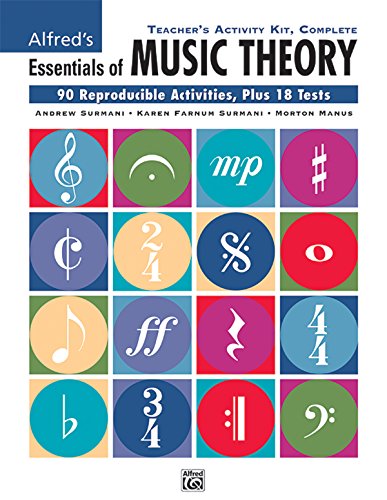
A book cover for Alfred's Essentials Of Music Theory (Teacher's Activity Kit, Complete); Andrew Surmani; Reference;